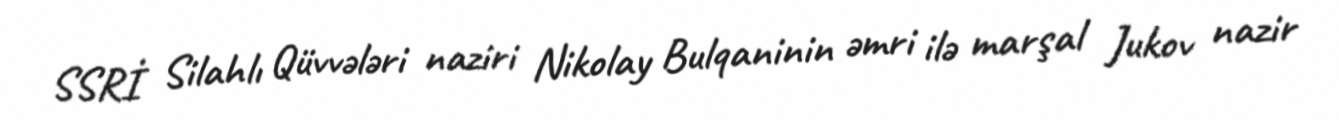
SSRİ Silahlı Qüvvələri naziri Nikolay Bulqaninin əmri ilə marşal Jukov nazir